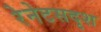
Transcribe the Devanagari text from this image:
रेनेटसदृश